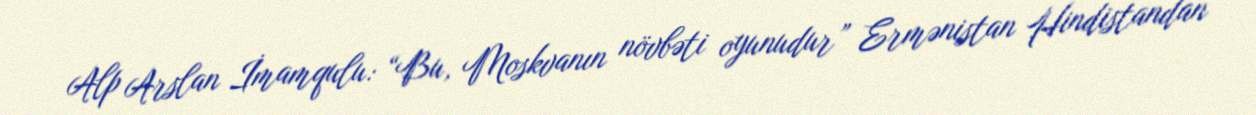
Alp Arslan İmamqulu: “Bu, Moskvanın növbəti oyunudur” Ermənistan Hindistandan